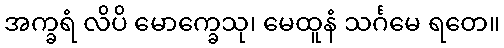
အက္ခရံ လိပိ မောက္ခေသု၊ မေထူနံ သင်္ဂမေ ရတေ။